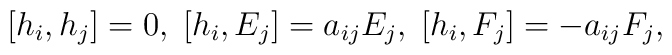
[h_{i},h_{j}]=0,\;[h_{i},E_{j}]=a_{ij}E_{j},\;[h_{i},F_{j}]=-a_{ij}F_{j},